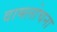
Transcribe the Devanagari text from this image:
वामलोचना